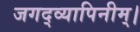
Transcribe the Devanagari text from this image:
जगद्व्यापिनीम्।